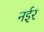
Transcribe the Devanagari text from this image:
नईर